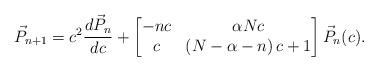
LaTeX: \begin{gather*}\vec{P}_{n+1}=c^{2}\frac{d \vec{P}_{n}}{dc}+\begin{bmatrix}-nc & \alpha Nc\\c & \left( N-\alpha-n\right) c+1\end{bmatrix}\vec{P}_{n}(c) .\end{gather*}